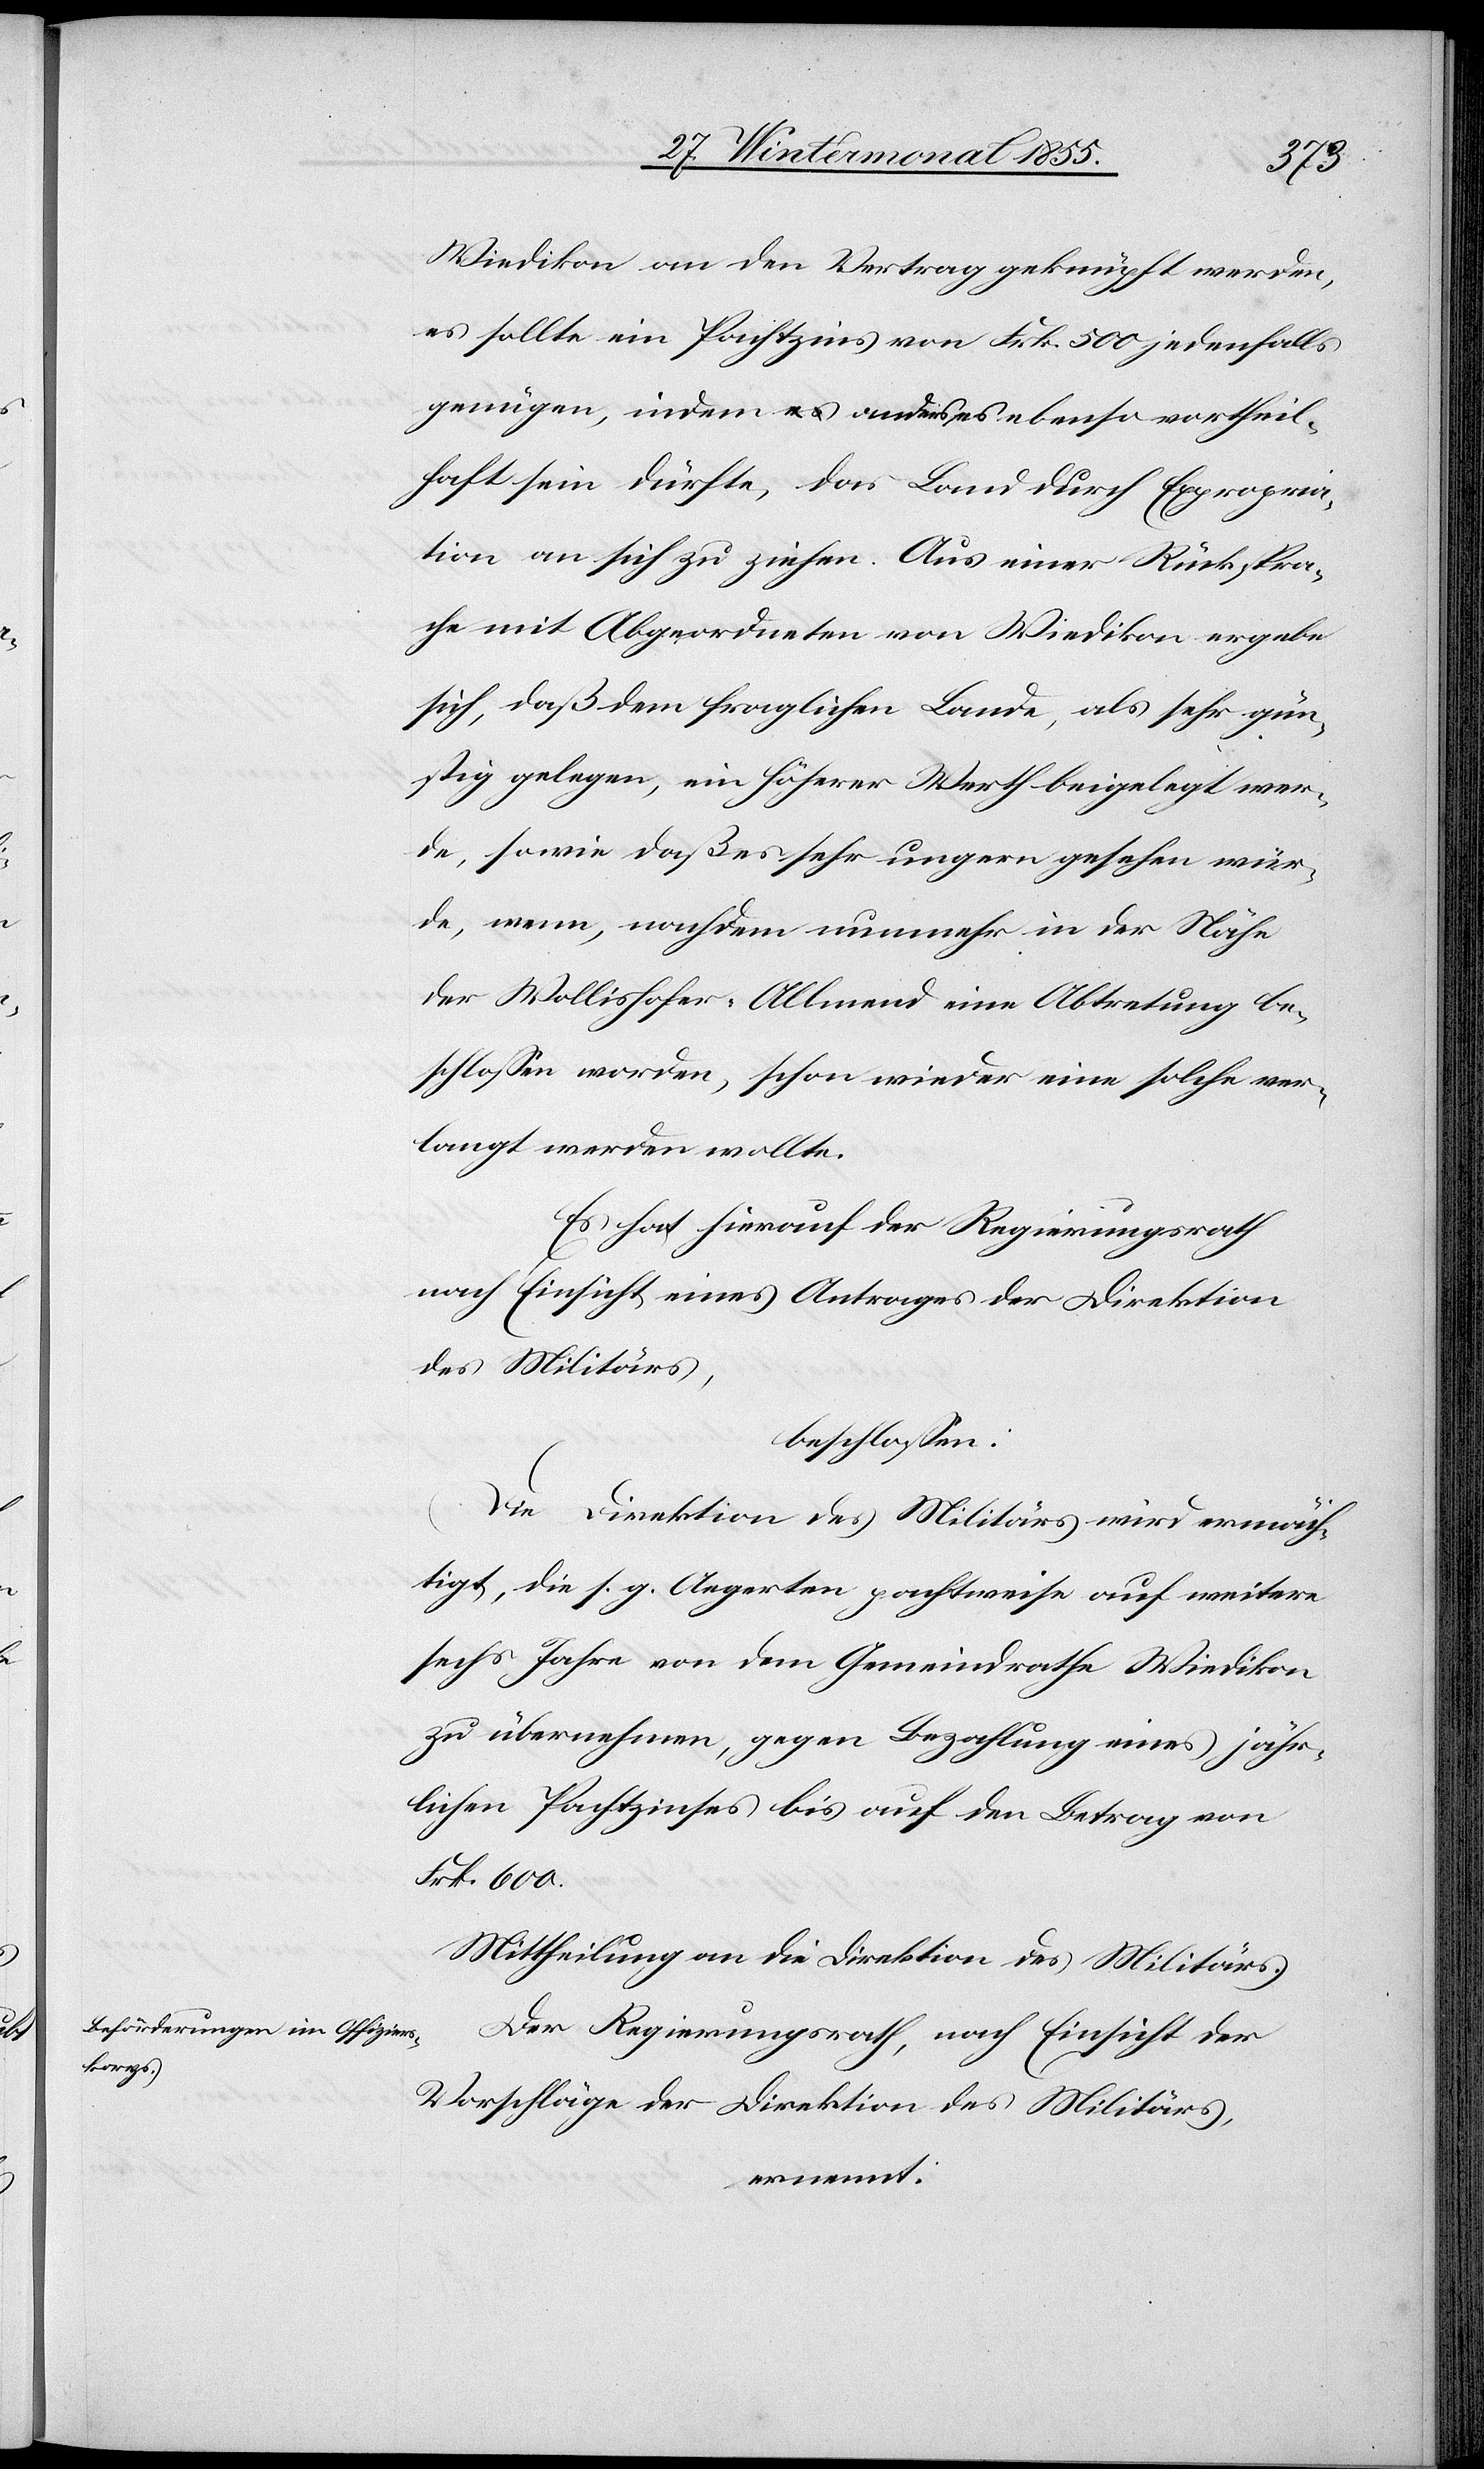
Wiedikon an den Vertrag geknüpft werden,
es sollte ein Pachtzins von Frk. 500 jedenfalls
genügen, indem a-es-a anders es ebenso vortheil¬
haft sein dürfte, das Land durch Expropria¬
tion an sich zu ziehen. Aus einer Rückspra¬
che mit Abgeordneten von Wiedikon ergebe
sich, daß dem fraglichen Lande, als sehr gün¬
stig gelegen, ein höherer Werth beigelegt wer¬
de, sowie daß es sehr ungern gesehen wür¬
de, wenn, nachdem nunmehr in der Nähe
der Wollishofer-Allmend eine Abtretung be¬
schlossen worden, schon wieder eine solche ver¬
langt werden wollte.
Es hat hierauf der Regierungsrath
nach Einsicht eines Antrages der Direktion
des Militärs,
beschlossen:
Die Direktion des Militärs wird ermäch¬
tigt, die s. g. Aegerten pachtweise auf weitere
sechs Jahre von dem Gemeindrathe Wiedikon
zu übernehmen, gegen Bezahlung eines jähr¬
lichen Pachtzinses bis auf den Betrag von
Frk. 600.
Mittheilung an die Direktion des Militärs.
Der Regierungsrath, nach Einsicht der
Vorschläge der Direktion des Militärs,
ernennt: